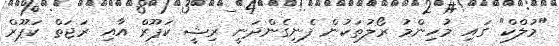
"މުލްކް" ގައި މުހިންމު ރޯލުތަކުން ފެނިގެންދަނީ ރިޝީ ކަޕޫރް އާއި ރަޖަތް ކަޕޫރް